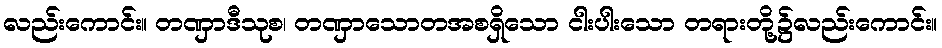
လည်းကောင်း။ တဏှာဒီသုစ၊ တဏှာသောတအစရှိသော ငါးပါးသော တရားတို့၌လည်းကောင်း။